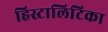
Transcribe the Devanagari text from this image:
हिस्टालिटिका